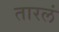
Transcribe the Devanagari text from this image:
तारलं